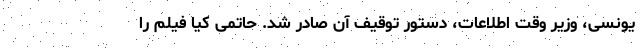
یونسی، وزیر وقت اطلاعات، دستور توقیف آن صادر شد. حاتمی کیا فیلم را